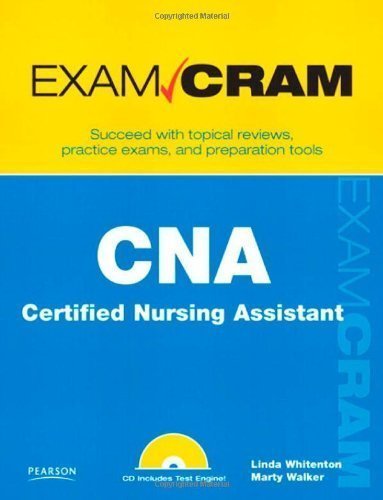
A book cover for CNA Certified Nursing Assistant Exam Cram by Whitenton, Linda Published by Pearson IT Certification 1st (first) edition (2009) Paperback; Medical Books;